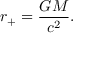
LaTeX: r _ { \mathrm { + } } = { \frac { G M } { c ^ { 2 } } } .